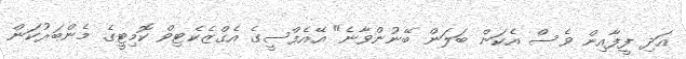
އަދި ފީފާއިން ވެސް އެކަން ބަލަން ބޭނުންވާނެ" އޭއެފްސީގެ އެގްޒެކެޓިވް ކޮމިޓީގެ މެންބަރުކަން